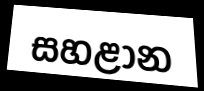
සහළාන